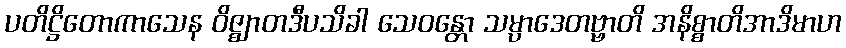
ပတိဋ္ဌိတောကာသေန ဝိဇ္ဈာတဒီပသိခါ သေဝန္တော သမ္ပာဒေတဗ္ဗာတိ အနိစ္စာတိအာဒိမာဟ